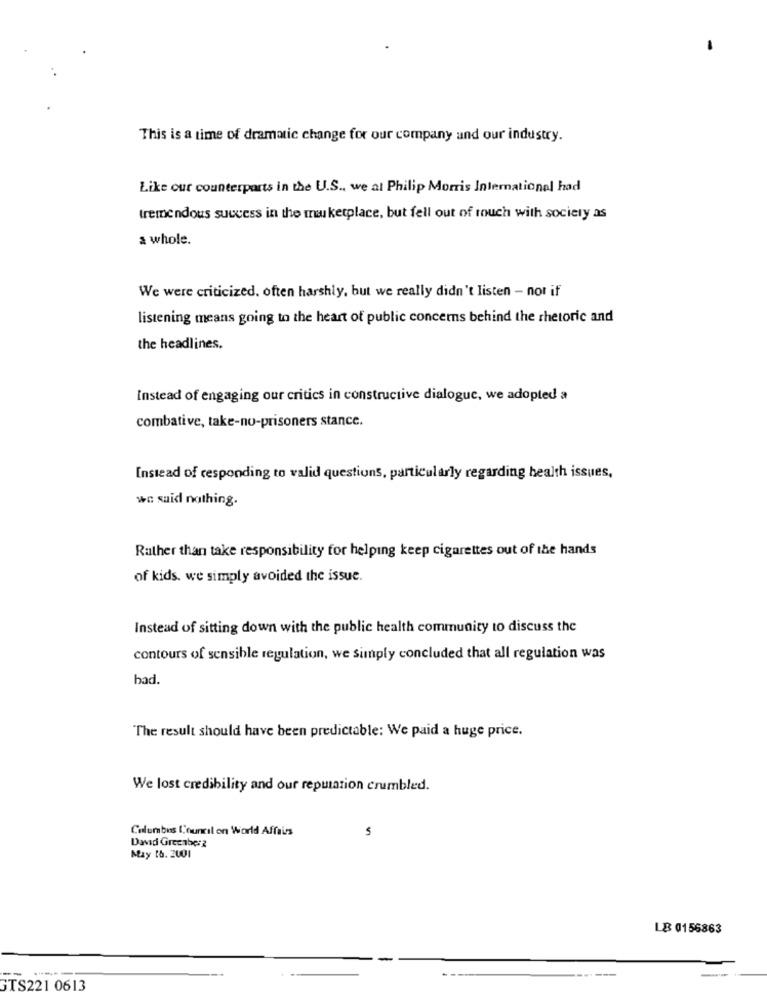
This is a time of dramatic change for our company and our industry.
Like our counterparts in the U.S ., we al Philip Morris International had
tremendous success in the me ketplace, but fell out of touch with society as
a whole.
We were criticized. often harshly, but we really didn't listen - nor if
listening means going to the heart of public concerns behind the rhetoric and
the headlines.
Instead of engaging our critics in constructive dialogue, we adopted a
combative, take-no-prisoners stance.
Instead of responding to valid questions, particularly regarding health issues,
wc said nothing.
Rather than take responsibility for helping keep cigarettes out of the hands
of kids. we simply avoided the issue.
Instead of sitting down with the public health community to discuss the
contours of sensible regulation, we simply concluded that all regulation was
bad.
The result should have been predictable: We paid a huge price.
We lost credibility and our reputation crumbled.
Columbus Council on World Affairs
David Gree aber2
May t&. 2001
LB 0156863
----
------
GTS221 0613